Some observations on the morphology and mechanism of the parts in the orthorrapha - Number 58
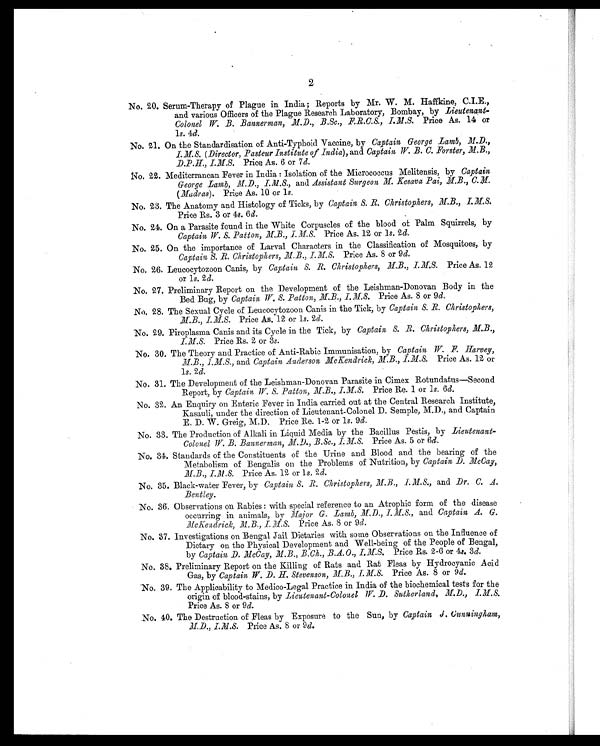
2
No. 20. Serum-Therapy of Plague in India; Reports by Mr. W. M. Haffkine, C.I.E.,
and various Officers of the Plague Research Laboratory, Bombay, by Lieutenant-
Colonel W. B. Bannerman, M.D., B.Sc., F.R.C.S., I.M.S. Price As. 14 or
1 s. 4d.
No. 21. On the Standardisation of Anti-Typhoid Vaccine, by Captain George Lamb, M.D.,
I.M.S. ( Director, Pasteur Institute of India ), and Captain W. B. C. Forster, M.B.,
D.P.H., I.M.S. Price As. 6 or 7 d.
No. 22. Mediterranean Fever in India : Isolation of the Micrococcus Melitensis, by Captain
George Lamb, M.D., I.M.S., and Assistant Surgeon M. Kesava Pai, M.B., C.M.
( Madras). Price As. 10 or 1s.
No. 23. The Anatomy and Histology of Ticks, by Captain S. R. Christophers, M.B., I.M.S.
Price Rs. 3 or 4s. 6 d.
No. 24. On a Parasite found in the White Corpuscles of the blood of Palm Squirrels, by
Captain W. S. Patton, M.B., I.M.S. Price As. 12 or 1 s. 2 d.
No. 25. On the importance of Larval Characters in the Classification of Mosquitoes, by
Captain S. R. Christophers, M.B., I.M.S. Price As. 8 or 9 d.
No. 26. Leucocytozoon Canis, by Captain S. R. Christophers, M.B., I.M.S. Price As. 12
or 1s. 2 d.
No. 27. Preliminary Report on the Development of the Leishman-Donovan Body in the
Bed Bug, by Captain W. S. Patton, M.B., I.M.S. Price As. 8 or 9 d.
No. 28. The Sexual Cycle of Leucocytozoon Canis in the Tick, by Captain S. R. Christophers,
M.B., I.M.S. Price As. 12 or 1s. 2d.
No. 29. Piroplasma Canis and its Cycle in the Tick, by Captain S. R. Christophers, M.B.,
I.M.S. Price Rs. 2 or 3 s.
No. 30. The Theory and Practice of Anti-Rabic Immunisation, by Captain W. F. Harvey,
M.B., I.M.S., and Captain Anderson McKendrick,M.B., I.M.S. Price As. 12 or
1s. 2d.
No. 31. The Development of the Leishman-Donovan Parasite in Cimex Rotundatus—Second
Report, by Captain, W. S. Patton, M.B., I.M.S. Price Re. 1 or 1s. 6d.
No. 32. An Enquiry on Enteric Fever in India carried out at the Central Research Institute,
Kasauli, under the direction of Lieutenant-Colonel D. Semple, M.D., and Captain
E. D. W. Greig, M.D. Price Re. 1-2 or 1 s. 9d.
No. 33. The Production of Alkali in Liquid Media by the Bacillus Pestis, by Lieutenant-
Colonel W. B. Bannerman, M.D., B.Sc., I.M.S. Price As. 5 or 6 d.
No. 34. Standards of the Constituents of the Urine and Blood and the bearing of the
Metabolism of Bengalis on the Problems of Nutrition, by Captain D. McCay,
M.B., I.M.S. Price As. 12 or 1s. 2d.
No. 35. Black-water Fever, by Captain S. R. Christophers, M.B., I.M.S., and Dr. C. A.
Bentley.
No. 36. Observations on Rabies : with special reference to an Atrophic form of the disease
occurring in animals, by Major G. Lamb, M.D., I.M.S. and Captain A. G.
McKendrick, M.B., I. M.S. Price As. 8 or 9 d.
No. 37. Investigations on Bengal Jail Dietaries with some Observations on the Influence of
Dietary on the Physical Development and Well-being of the People of Bengal,
by Captain D. McCay, M.B., B.Ch., B.A.O., I.M.S. Price Rs. 2-6 or 4s. 3d.
No. 38. Preliminary Report on the Killing of Rats and Rat Fleas by Hydrocyanic Acid
Gas, by Captain W. D. H. Stevenson, M.B., I.M.S. Price As. 8 or 9d.
No. 39. The Applicability to Medico-Legal Practice in India of the biochemical tests for the
origin of blood-stains, by Lieutenant-Colonel W. D. Sutherland, M.D., I.M.S.
Price As. 8 or 9 d.
No. 40. The Destruction of Fleas by Exposure to the Sun, by Captain J. Cunningham,
M.D., I.M.S. Price As. 8 or 9 d.